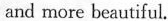
and more beautiful.